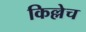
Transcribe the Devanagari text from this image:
किल्लेच